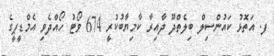
ފ. އަތޮޅު ކައުންސިލް ބިލެތްދޫ ދާއިރާ ކާމިޔާބުކުރީ 674 ވޯޓު ހޯއްދެވި އެމްޑީޕީގެ